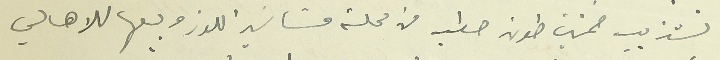
تشذيب خمسين طون حطب من محلة مشاتي اللوز وبيعها للاهالي